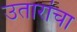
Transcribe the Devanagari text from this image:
उतारांचा